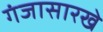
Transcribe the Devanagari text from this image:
गंजासारखे